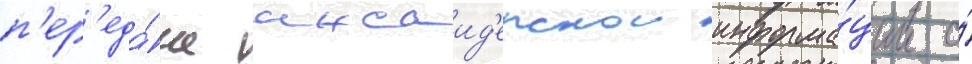
п'ер'еда́че инсаид'ерскои информа́ции о́